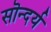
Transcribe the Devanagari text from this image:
सॊन्दर्य